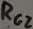
Text: RG2